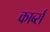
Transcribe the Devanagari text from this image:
कार्ब्स